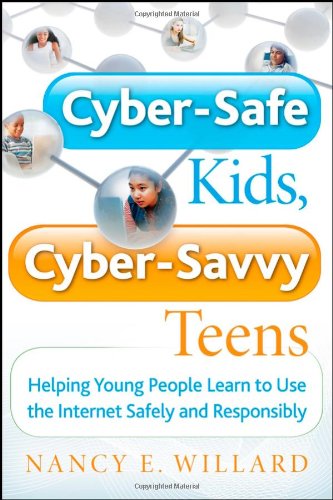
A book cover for Cyber-Safe Kids, Cyber-Savvy Teens: Helping Young People Learn To Use the Internet Safely and Responsibly; Nancy E. Willard; Teen & Young Adult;